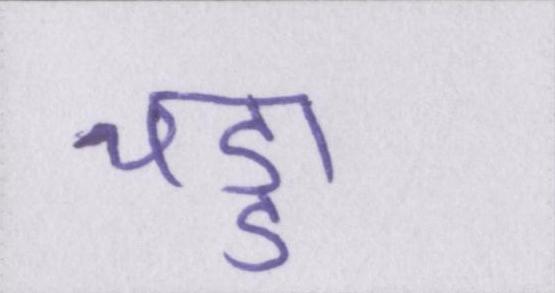
चड्डा